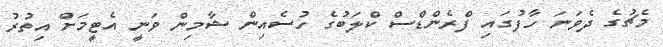
މެޗުގެ ދެވަނަ ހާފުގައި ފްރެންޑްސް ކްލަބުގެ ހުސެއިން ޝާމިން ވަނީ އެޓީމަށް އިތުރު